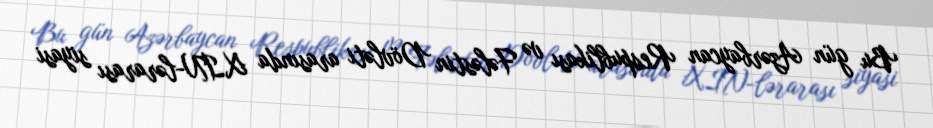
Bu gün Azərbaycan Respublikası və Fələstin Dövləti arasında XİN-lərarası siyasi